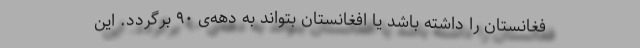
فغانستان را داشته باشد یا افغانستان بتواند به دهه‌ی ۹۰ برگردد. این